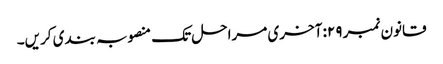
قانون نمبر ۲۹: آخری مراحل تک منصوبہ بندی کریں۔